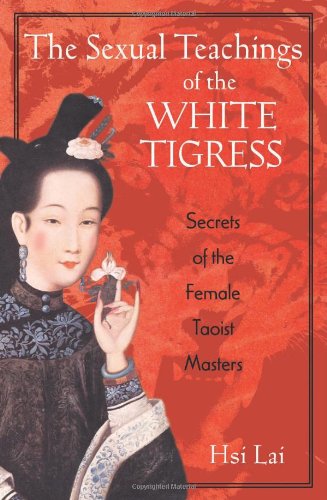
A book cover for The Sexual Teachings of the White Tigress: Secrets of the Female Taoist Masters; Hsi Lai; Religion & Spirituality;